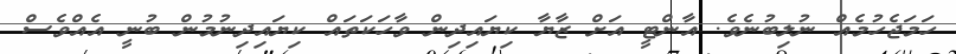
ހަމަޖެހުމެއް ނުލިބުނެވެ. އާންޓީ އަށް ޒާޔާ ކިޔައިދިން ވާހަކަތައް ކިޔައިދިނުމުން ބުނީ އެއްވެސް